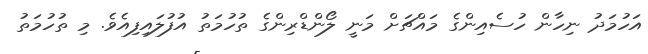
އަހުމަދު ނިހާން ހުސެއިންގެ މައްޗަށް މަނީ ލޯންޑްރިންގެ ތުހުމަތު އުފުލައިފިއެވެ. މި ތުހުމަތު